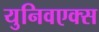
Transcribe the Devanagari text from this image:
युनिवएक्स